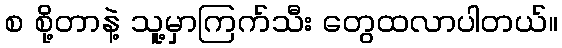
စ စို့တာနဲ့ သူ့မှာကြက်သီး တွေထလာပါတယ်။